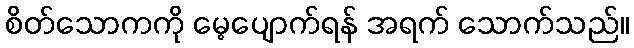
စိတ်သောကကို မေ့ပျောက်ရန် အရက် သောက်သည်။